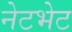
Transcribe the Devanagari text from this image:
नेटभेट